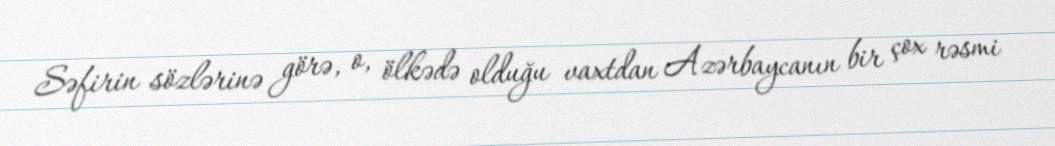
Səfirin sözlərinə görə, o, ölkədə olduğu vaxtdan Azərbaycanın bir çox rəsmi